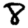
Digit: 8